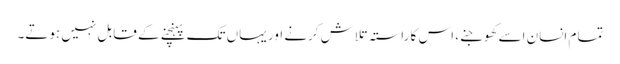
تمام انسان اسے کھوجنے، اس کا راستہ تلاش کرنے اور یہاں تک پہنچنے کے قابل نہیں ہوتے۔